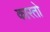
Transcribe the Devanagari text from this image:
कारतो